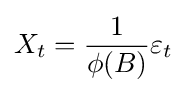
X_{t}={\frac {1}{\phi (B)}}\varepsilon _{t}